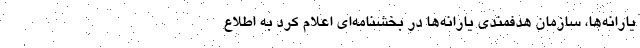
یارانه‌ها، سازمان هدفمندی یارانه‌ها در بخشنامه‌ای اعلام کرد به اطلاع